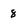
Character: 8